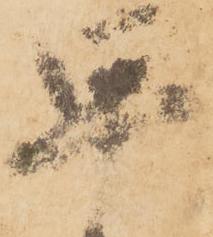
早